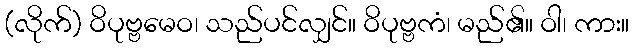
(လိုက်) ဝိပုဗ္ဗမေဝ၊ သည်ပင်လျှင်။ ဝိပုဗ္ဗကံ၊ မည်၏။ ဝါ၊ ကား။